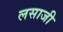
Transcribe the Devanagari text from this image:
लसाजी